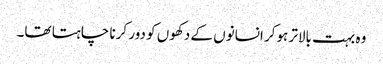
وہ بہت بالاتر ہوکر انسانوں کے دکھوں کو دور کرنا چاہتا تھا۔